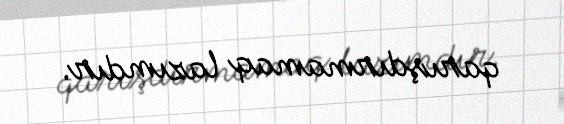
qarışdırmamaq lazımdır.